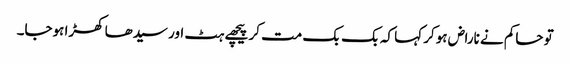
تو حاکم نے ناراض ہوکر کہا کہ بک بک مت کر پیچھے ہٹ اور سیدھا کھڑا ہوجا۔